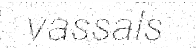
vassals